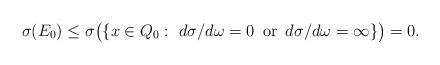
LaTeX: \begin{align*}\sigma(E_0)\le\sigma\big(\{x\in Q_0:\, \, d\sigma/d\omega=0\, \, \, \mbox{or}\, \, \, d\sigma/d\omega=\infty\}\big)=0.\end{align*}